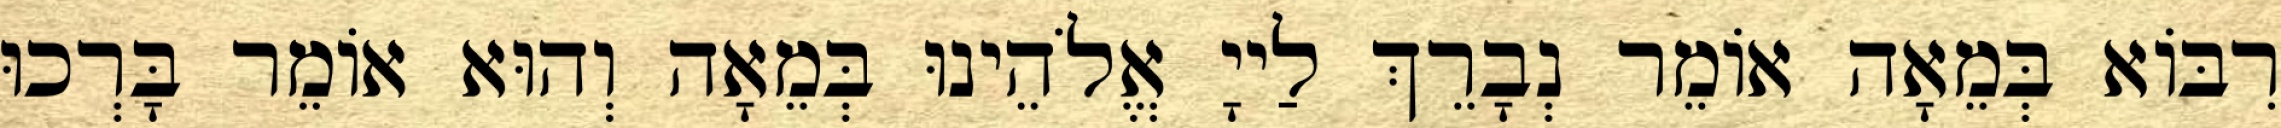
רִבּוֹא בְּמֵאָה אוֹמֵר נְבָרֵךְ לַייָ אֱלֹהֵינוּ בְּמֵאָה וְהוּא אוֹמֵר בָּרְכוּ